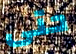
حتى